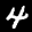
Label: 4